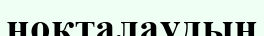
ноқталаудың